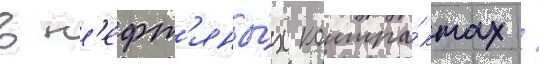
в н'ефт'яны́х контра́ктах /